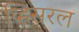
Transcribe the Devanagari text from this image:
व्हिसरल